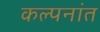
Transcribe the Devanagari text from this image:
कल्पनांत